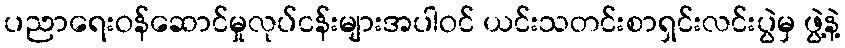
ပညာရေးဝန်ဆောင်မှုလုပ်ငန်းများအပါဝင် ယင်းသတင်းစာရှင်းလင်းပွဲမှ ဖွဲ့နဲ့